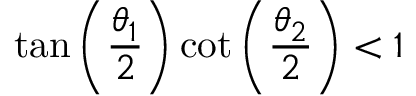
\tan \left( \frac { \theta _ { 1 } } { 2 } \right) \cot \left( \frac { \theta _ { 2 } } { 2 } \right) < 1